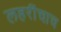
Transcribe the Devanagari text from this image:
लहरींचाच